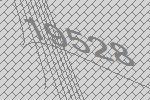
19528